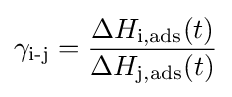
\gamma _{\text{i-j}}={\frac {\Delta H_{\text{i,ads}}(t)}{\Delta H_{\text{j,ads}}(t)}}